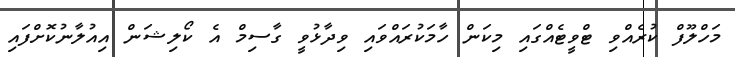
މަހްލޫފް ކުރެއްވި ޓްވީޓެއްގައި މިކަން ހާމަކުރައްވައި ވިދާޅުވީ ގާސިމް އެ ކޯލިޝަން އިއުލާނުކޮށްފައި